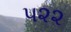
૫૨૨